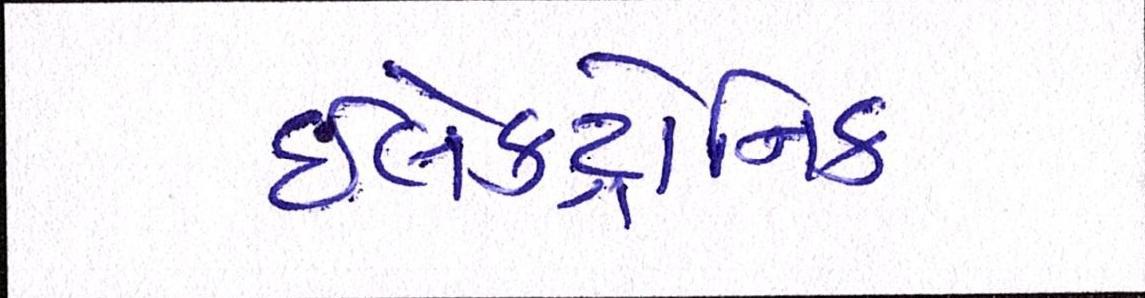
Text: ઇલેક્ટ્રોનિક